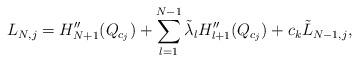
LaTeX: \begin{align*} L_{N,j}=H_{N+1}''(Q_{c_j})+\sum_{l=1}^{N-1} \tilde \lambda_l H''_{l+1}(Q_{c_j})+c_k\tilde L_{N-1,j},\end{align*}